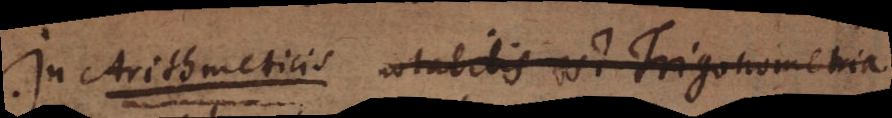
In Arithmeticis notabilis est Trigonometria